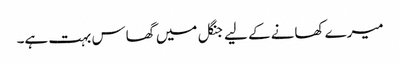
میرے کھانے کے لیے جنگل میں گھاس بہت ہے۔